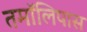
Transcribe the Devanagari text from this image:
तमॉलिपास